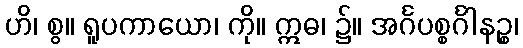
ဟိ၊ စွ။ ရူပကာယော၊ ကို။ ဣဓ၊ ၌။ အင်္ဂပစ္စင်္ဂါနဉ္စ၊